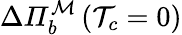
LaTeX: \Delta\mathit{\Pi}_{b}^{\mathcal{M}}\left(\mathcal{T}_{c}=0\right)